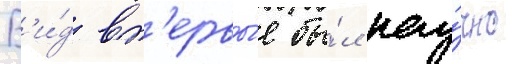
В'и́д вп'ервы́е бы́л нау́чно